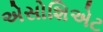
એસોશિએટ